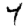
Digit: 7